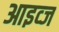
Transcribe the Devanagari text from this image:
आइव्ज